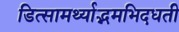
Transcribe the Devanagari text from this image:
डित्सामर्थ्याद्भमभिदधती